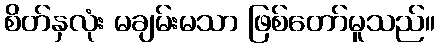
စိတ်နှလုံး မချမ်းမသာ ဖြစ်တော်မူသည်။